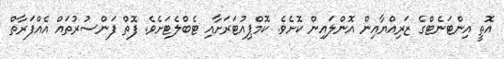
އޮތީ އިންޓަނެޓްގެ ޒަރިއްޔާއިން އޮންލައިން ކޮށެވެ. ކޮމްޕިއުޓަރަށާއި ޓެބްލެޓަށެވެ. ފޮތް ފަންސުރުތައް އެއްފަރާތް